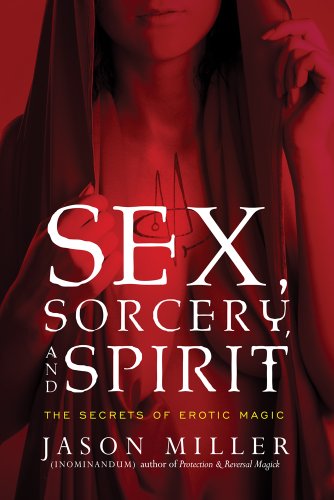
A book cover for Sex, Sorcery, and Spirit: The Secrets of Erotic Magic; Jason Miller; Religion & Spirituality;